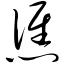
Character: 僬